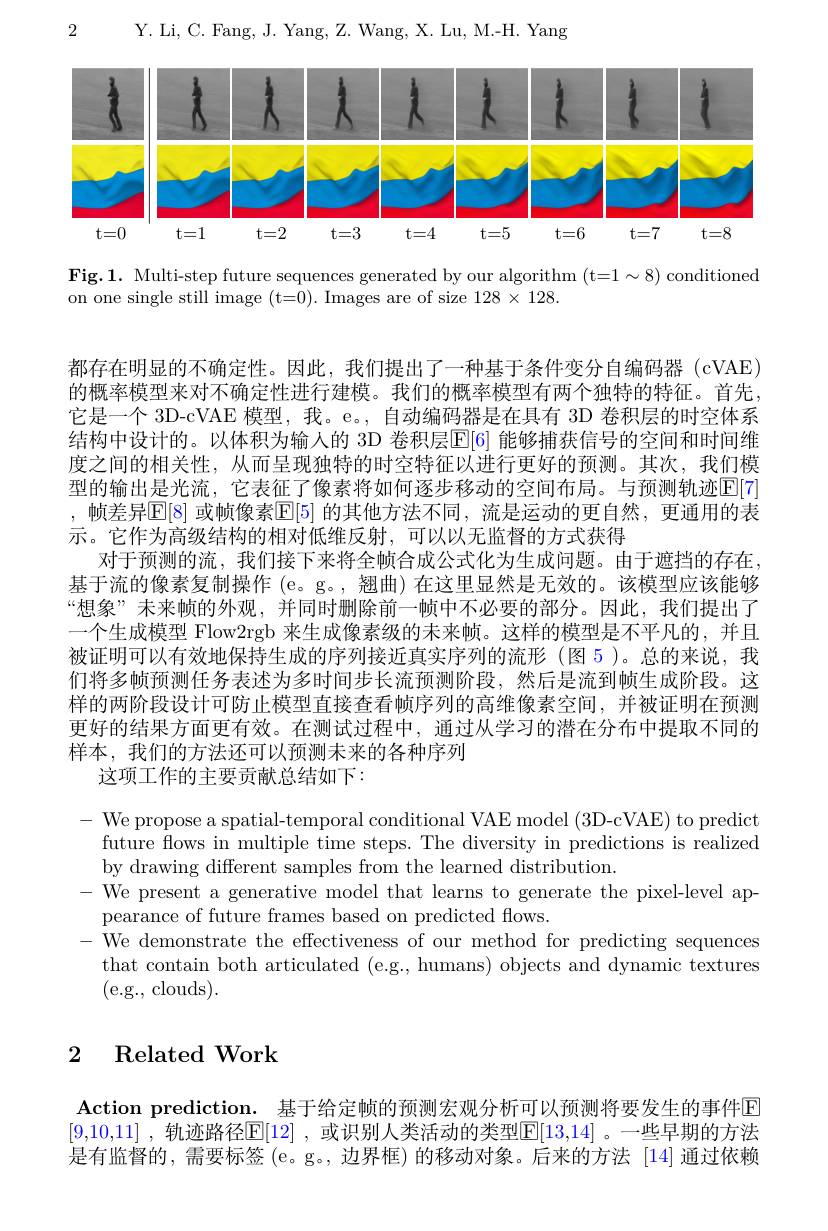
2 Y. Li, C. Fang, J. Yang, Z. Wang, X. Lu, M.-H. Yang

<FigureHere>

on one single still image (t=0). Images are of size $128\times128$

都存在明显的不确定性。因此，我们提出了一种基于条件变分自编码器 (cVAE) 的概率模型来对不确定性进行建模。我们的概率模型有两个独特的特征。首先， 它是一个 3D-cVAE 模型，我。e。, 自动编码器是在具有 3D 卷积层的时空体系结构中设计的。以体积为输人的 3D 卷积层$\mathbb{E}[6]$ 能够捕获信号的空间和时间维度之间的相关性，从而呈现独特的时空特征以进行更好的预测。其次，我们模型的输出是光流，它表征了像素将如何逐步移动的空间布局。与预测轨迹[E[7] ,帧差异$\mathbb{E}[8]$ 或帧像素$\mathbb{E}[5]$ 的其他方法不同，流是运动的更自然，更通用的表示。它作为高级结构的相对低维反射，可以以无监督的方式获得
对于预测的流，我们接下来将全帧合成公式化为生成问题。由于遮挡的存在基于流的像素复制操作 (e。g。, 翘曲) 在这里显然是无效的。该模型应该能够“想象”未来帧的外观，并同时删除前一帧中不必要的部分。因此，我们提出了一个生成模型 Flow2rgb 来生成像素级的未来帧。这样的模型是不平凡的，并且被证明可以有效地保持生成的序列接近真实序列的流形(图 5)。总的来说，我们将多帧预测任务表述为多时间步长流预测阶段，然后是流到帧生成阶段。这样的两阶段设计可防止模型直接查看帧序列的高维像素空间，并被证明在预测更好的结果方面更有效。在测试过程中，通过从学习的潜在分布中提取不同的样本，我们的方法还可以预测未来的各种序列
这项工作的主要贡献总结如下：

- We propose a spatial-temporal conditional VAE model (3D-cVAE) to predict
future flows in multiple time steps. The diversity in predictions is realized
by drawing different samples from the learned distribution
- We present a generative model that learns to generate the pixel-level ap-
pearance of future frames based on predicted flows.
- We demonstrate the effectiveness of our method for predicting sequences
that contain both articulated (e.g., humans) objects and dynamic textures
(e.g., clouds).

# 2 Related Work

Action prediction. 基于给定帧的预测宏观分析可以预测将要发生的事件E [9,10,11] , 轨迹路径$\boxed{\mathrm{E}}[12]$ ,或识别人类活动的类型$\boxed{\mathrm{F}}[13,14]$ 。一些早期的方法是有监督的，需要标签 (e。g。, 边界框) 的移动对象。后来的方法 [14] 通过依赖